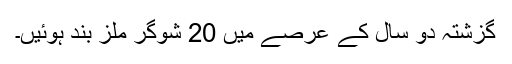
گزشتہ دو سال کے عرصے میں 20 شوگر ملز بند ہوئیں۔